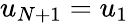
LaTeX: u_{N+1}=u_{1}